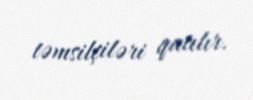
təmsilçiləri qatılır.